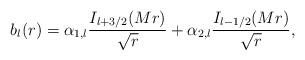
LaTeX: \begin{align*}b_{l}(r)=\alpha_{1,l}{I_{l+3/2}(Mr)\over \sqrt{r}}+\alpha_{2,l}{I_{l-1/2}(Mr)\over \sqrt{r}},\end{align*}